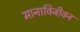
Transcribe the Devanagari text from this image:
मानाविजीवन